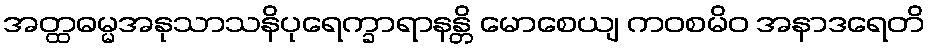
အတ္ထဓမ္မအနုသာသနိပုရေက္ခာရာနန္တိ မောစေယျ ကဝစမိဝ အနာဒရေတိ